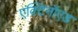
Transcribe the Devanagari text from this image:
एक्टिनॉएड